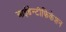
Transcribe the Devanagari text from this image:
आईडेन्टीफिकेशन